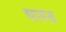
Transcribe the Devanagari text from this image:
धावड